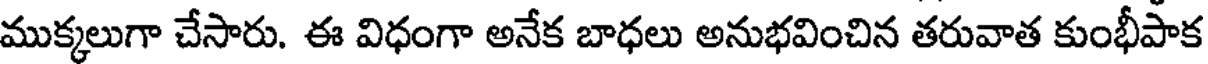
ముక్కలుగా చేసారు. ఈ విధంగా అనేక బాధలు అనుభవించిన తరువాత కుంభీపాక